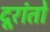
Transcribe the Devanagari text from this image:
दूरांतो